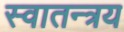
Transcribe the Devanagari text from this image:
स्वातन्त्रय